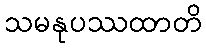
သမနုပဿထာတိ